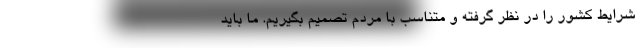
شرایط کشور را در نظر گرفته و متناسب با مردم تصمیم بگیریم. ما باید